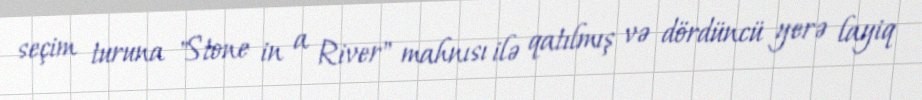
seçim turuna "Stone in a River" mahnısı ilə qatılmış və dördüncü yerə layiq